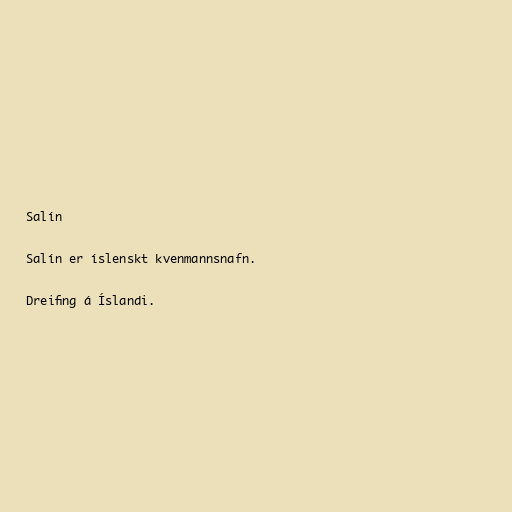
Salín

Salín er íslenskt kvenmannsnafn.

Dreifing á Íslandi.